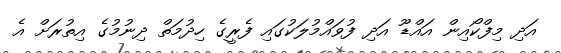
އަދި މިފްކޯއިން އައްޑޫ އަދި ފުވައްމުލަކުގައި ފެރީގެ ހިދުމަތް ދިނުމުގެ އިތުރަށް އެ